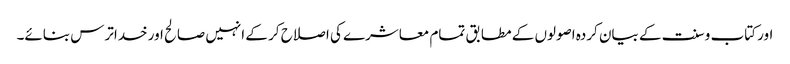
اور کتاب و سنت کے بیان کردہ اصولوں کے مطابق تمام معاشرے کی اصلاح کر کے انہیں صالح اور خداترس بنائے۔